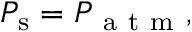
{ P } _ { \mathrm { s } } = P _ { \mathrm { ~ a ~ t ~ m ~ } } ,